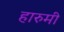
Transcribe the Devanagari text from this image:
हारुमी